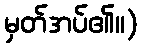
မှတ်အပ်၏။)